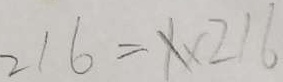
2 1 6 = x \times 2 1 6